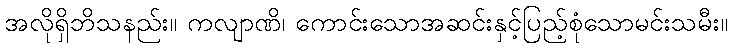
အလိုရှိဘိသနည်း။ ကလျာဏိ၊ ကောင်းသောအဆင်းနှင့်ပြည့်စုံသောမင်းသမီး။